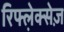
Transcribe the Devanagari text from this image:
रिफ्ल़ेक्सेज़